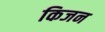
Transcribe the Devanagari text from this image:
किजन